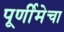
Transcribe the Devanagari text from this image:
पूर्णीमेचा